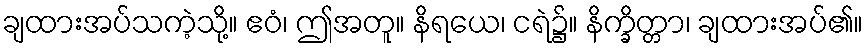
ချထားအပ်သကဲ့သို့။ ဧဝံ၊ ဤအတူ။ နိရယေ၊ ငရဲ၌။ နိက္ခိတ္တာ၊ ချထားအပ်၏။